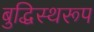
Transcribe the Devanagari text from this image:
बुद्धिस्थरूप